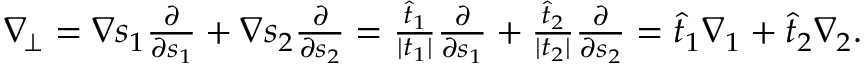
\begin{array} { r } { \nabla _ { \! \bot } = \nabla s _ { 1 } \frac { \partial } { \partial s _ { 1 } } + \nabla s _ { 2 } \frac { \partial } { \partial s _ { 2 } } = \frac { \widehat { t } _ { 1 } } { | t _ { 1 } | } \frac { \partial } { \partial s _ { 1 } } + \frac { \widehat { t } _ { 2 } } { | t _ { 2 } | } \frac { \partial } { \partial s _ { 2 } } = \widehat { t } _ { 1 } \nabla _ { 1 } + \widehat { t } _ { 2 } \nabla _ { 2 } . } \end{array}